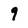
Character: 9